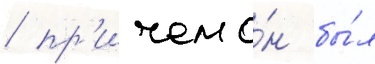
/ пр'ичем о́н бы́л